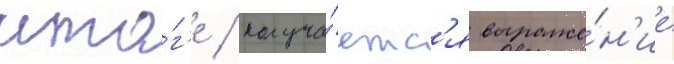
ито́г'е / получа́етс'я выраже́н'ие